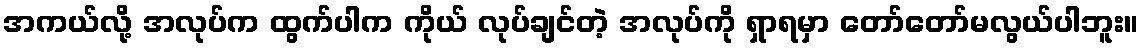
အကယ်လို့ အလုပ်က ထွက်ပါက ကိုယ် လုပ်ချင်တဲ့ အလုပ်ကို ရှာရမှာ တော်တော်မလွယ်ပါဘူး။